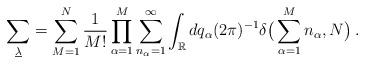
LaTeX: \begin{align*}\sum_{\underline{\lambda}} = \sum_{M=1}^N \frac{1}{M!} \prod_{\alpha=1}^M \sum_{n_\alpha=1}^\infty\int_\mathbb{R} dq_\alpha (2\pi)^{-1}\delta\big(\sum_{\alpha=1}^M n_\alpha,N\big)\,.\end{align*}